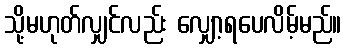
သို့မဟုတ်လျှင်လည်း လျှော့ရပေလိမ့်မည်။